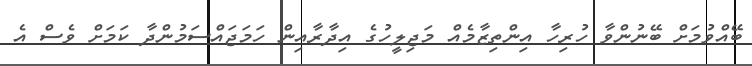
ބޭއްވުމަށް ބޭނުންވާ ހުރިހާ އިންތިޒާމެއް މަޖިލީހުގެ އިދާރާއިން ހަމަޖައްސަމުންދާ ކަމަށް ވެސް އެ